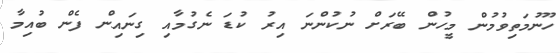
ހޫނުމަތިވުމުން މީހުން ބޭރަށް ނުކުންނަ އިރު ކުޑަ ނެގުމާއި ގިނައިން ފެން ބުއިމާ